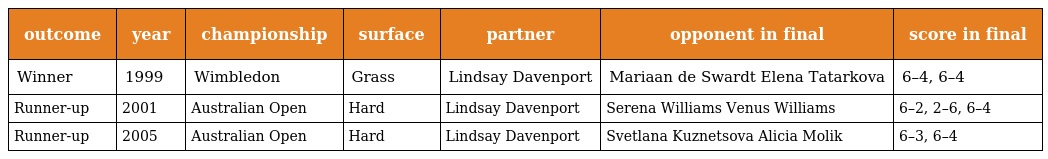
| outcome | year | championship | surface | partner | opponent in final | score in final |
 | --- | --- | --- | --- | --- | --- | --- |
 | Winner | 1999 | Wimbledon | Grass | Lindsay Davenport | Mariaan de Swardt Elena Tatarkova | 6–4, 6–4 |
 | Runner-up | 2001 | Australian Open | Hard | Lindsay Davenport | Serena Williams Venus Williams | 6–2, 2–6, 6–4 |
 | Runner-up | 2005 | Australian Open | Hard | Lindsay Davenport | Svetlana Kuznetsova Alicia Molik | 6–3, 6–4 |